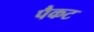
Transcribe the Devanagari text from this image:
पैकट